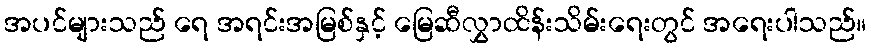
အပင်များသည် ရေ အရင်းအမြစ်နှင့် မြေဆီလွှာထိန်းသိမ်းရေးတွင် အရေးပါသည်။